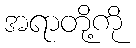
အရာတို့ကို